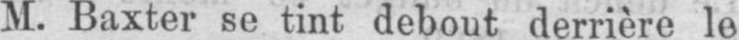
M. Baxter se tint debout derrière le